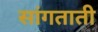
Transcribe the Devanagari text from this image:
सांगताती